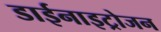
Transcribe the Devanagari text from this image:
डाईनाइट्रोजन